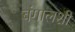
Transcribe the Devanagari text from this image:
बंगालशी